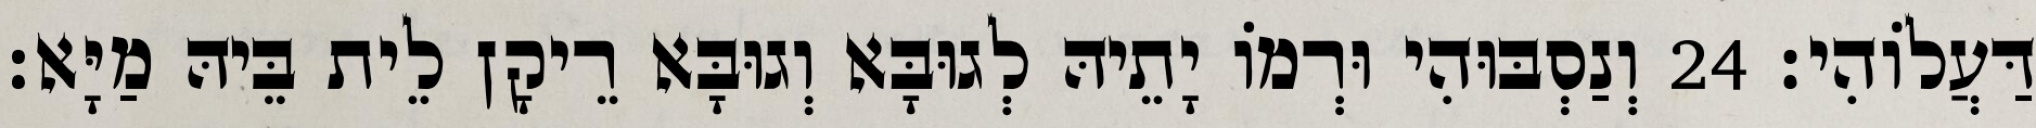
דַּעֲלוֹהִי׃ 24 וְנַסְבּוּהִי וּרְמוֹ יָתֵיהּ לְגוּבָּא וְגוּבָּא רֵיקָן לֵית בֵּיהּ מַיָּא׃